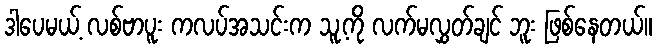
ဒါပေမယ့် လစ်ဗာပူး ကလပ်အသင်းက သူ့ကို လက်မလွှတ်ချင် ဘူး ဖြစ်နေတယ်။